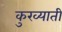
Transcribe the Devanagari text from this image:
कुख्याती